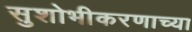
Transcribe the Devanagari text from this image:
सुशोभीकरणाच्या